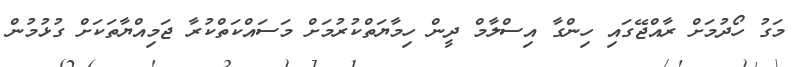
މަގު ހޯދުމަށް ރާއްޖޭގައި ހިންގާ އިސްލާމް ދީން ހިމާޔަތްކުރުމަށް މަސައްކަތްކުރާ ޖަމިއްޔާތަކަށް ގުޅުމުން